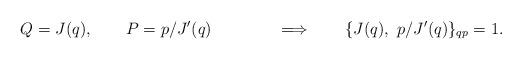
LaTeX: \begin{align*}Q=J(q), \qquad P=p/J'(q) \qquad\qquad\Longrightarrow \qquad\{ J(q), ~p/J'(q) \}_{qp}=1.\end{align*}